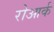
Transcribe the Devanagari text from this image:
रोआर्क